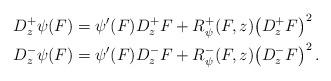
LaTeX: \begin{align*} D_z^+\psi(F)&=\psi'(F)D_z^+F +R_\psi^+(F,z)\bigl(D^+_zF\bigr)^2\quad\\ D_z^-\psi(F)&=\psi'(F)D_z^-F +R_\psi^-(F,z)\bigl(D^-_zF\bigr)^2\,.\end{align*}